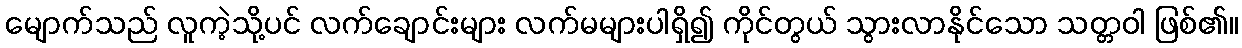
မျောက်သည် လူကဲ့သို့ပင် လက်ချောင်းများ လက်မများပါရှိ၍ ကိုင်တွယ် သွားလာနိုင်သော သတ္တဝါ ဖြစ်၏။